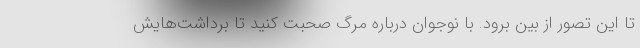
تا این تصور از بین برود. با نوجوان درباره مرگ صحبت کنید تا برداشت‌هایش